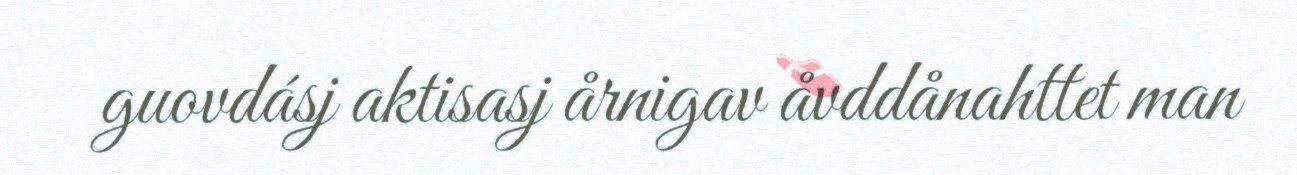
guovdásj aktisasj årnigav åvddånahttet man